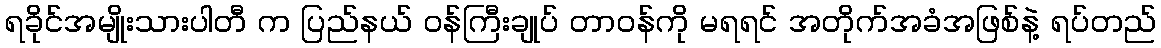
ရခိုင်အမျိုးသားပါတီ က ပြည်နယ် ဝန်ကြီးချုပ် တာဝန်ကို မရရင် အတိုက်အခံအဖြစ်နဲ့ ရပ်တည်